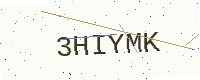
Text: 3HIYMK